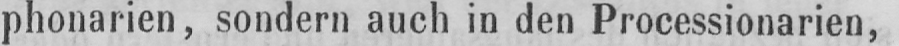
phonarien, sondern auch in den Processionarien,